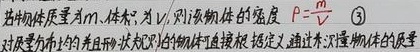
若物体质量为\(m\)、体积为\(V\)，则该物体的密度\(\rho = \frac{m}{V}\)。\textcircled{3}对质量分布均匀且形状规则的物体可直接根据定义，通过测量物体的质量